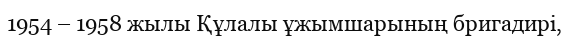
1954 – 1958 жылы Құлалы ұжымшарының бригадирі,